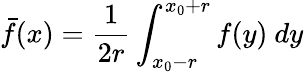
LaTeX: \bar{f}(x)=\frac{1}{2r}\int_{x_{0}-r}^{x_{0}+r}f(y)\ dy